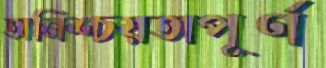
অনিশ্চয়তাপূর্ণ